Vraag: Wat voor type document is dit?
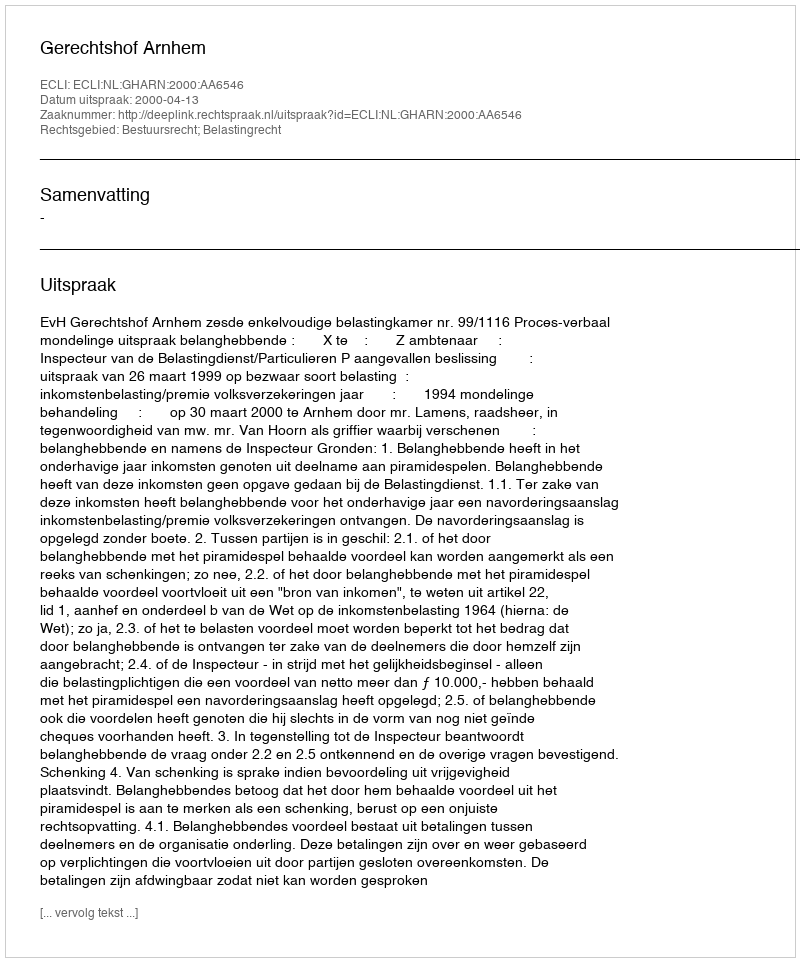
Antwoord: Uitspraak